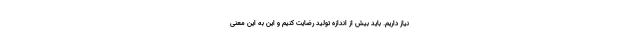
نیاز داریم. باید بیش از اندازه تولیدِ رضایت کنیم و این به این معنی